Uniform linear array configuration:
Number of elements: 64
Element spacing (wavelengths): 0.75
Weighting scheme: cosine
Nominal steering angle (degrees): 30
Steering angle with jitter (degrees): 30.827
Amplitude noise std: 0.05
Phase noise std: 0.05

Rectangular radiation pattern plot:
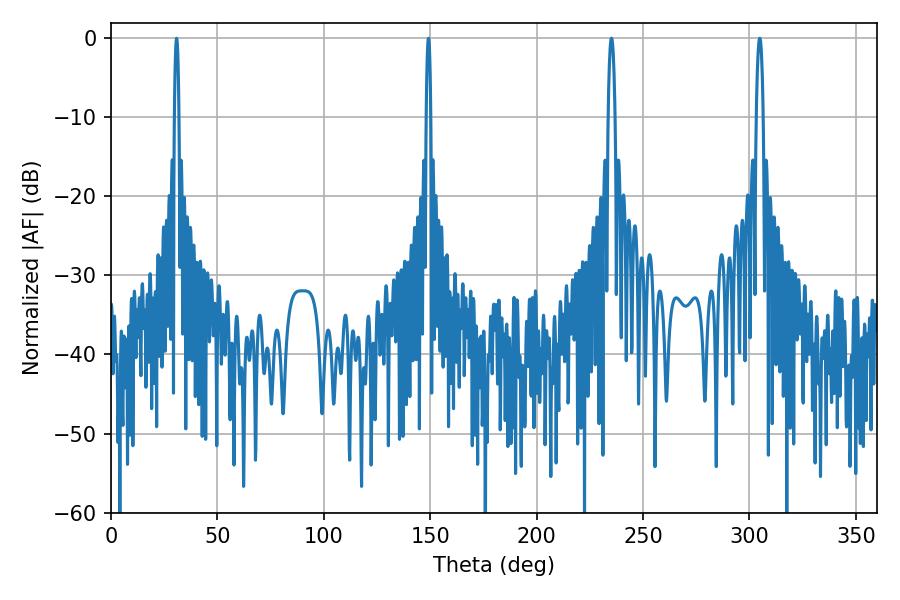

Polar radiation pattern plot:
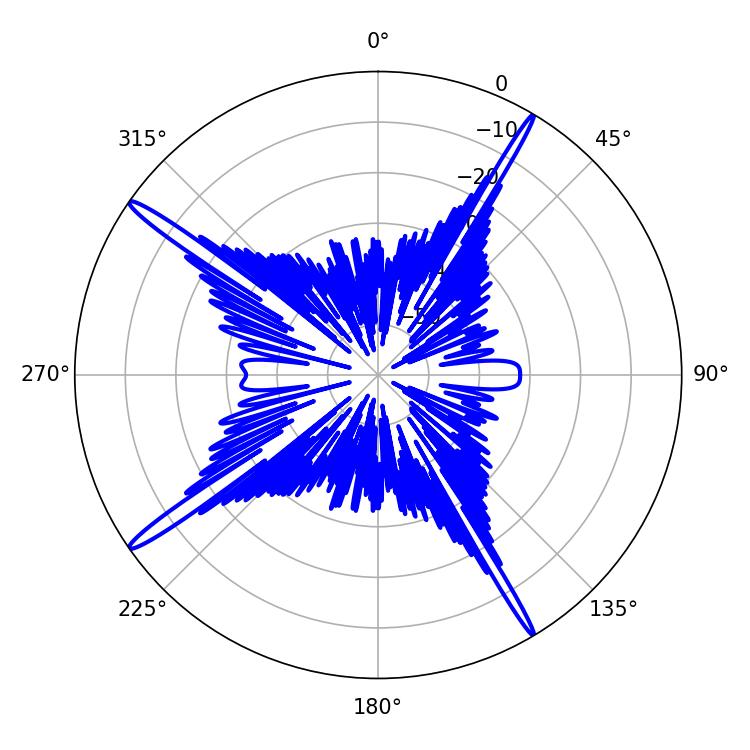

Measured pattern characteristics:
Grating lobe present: TRUE
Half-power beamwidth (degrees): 1.08
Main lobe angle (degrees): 30.78